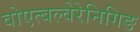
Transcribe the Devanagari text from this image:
वोएत्बल्वेरेनिगिङ